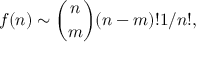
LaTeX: f ( n ) \sim { \binom { n } { m } } ( n - m ) ! 1 / n ! ,